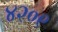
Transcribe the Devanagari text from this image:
४२०९